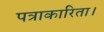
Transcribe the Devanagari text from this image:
पत्राकारिता।